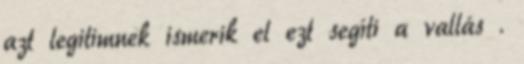
azt legitimnek ismerik el ezt segíti a vallás .